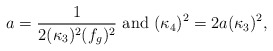
\begin{align*}a=\frac{1}{2(\kappa_{3})^{2}(f_{g})^{2}}~\mbox{and}~(\kappa_{4})^{2}=2a(\kappa_{3})^{2},\end{align*}